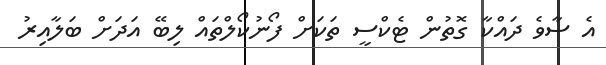
އެ ސާވެ ދައްކާ ގޮތުން ޓެކްސީ ތަކަށް ފޯނުކޯލްތައް ލިބޭ އަދަށް ބަލާއިރު